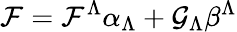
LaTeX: {\cal F}={\cal F}^{\Lambda}\alpha_{\Lambda}+{\cal G}_{\Lambda}\beta^{\Lambda}